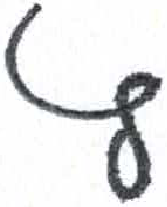
אות: ץ